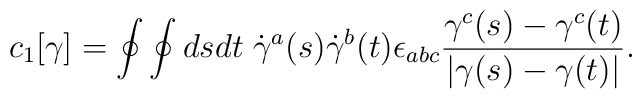
c_{1}[\gamma]=\oint\oint dsdt\;\dot\gamma^{a}(s)\dot\gamma^{b}(t)\epsilon_{abc} {\gamma^{c}(s)-\gamma^{c}(t)\over |\gamma(s) -\gamma(t)|}.